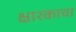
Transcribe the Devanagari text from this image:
क्षारकाचा